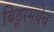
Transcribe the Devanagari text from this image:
बिठूरमधेच